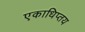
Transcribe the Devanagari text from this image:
एकाधिप्तय